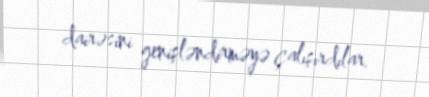
dairəsini genişləndirməyə çalışırdılar.